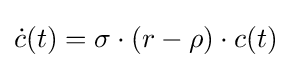
{\dot {c}}(t)=\sigma \cdot (r-\rho )\cdot c(t)